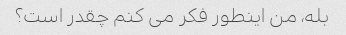
بله، من اینطور فکر می کنم چقدر است؟